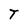
Character: T